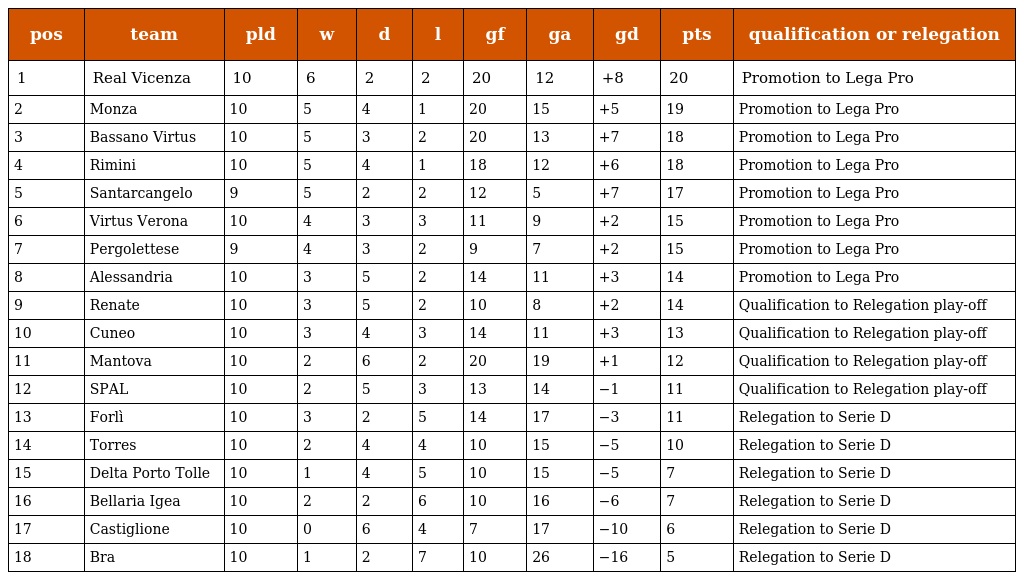
| pos | team | pld | w | d | l | gf | ga | gd | pts | qualification or relegation |
 | --- | --- | --- | --- | --- | --- | --- | --- | --- | --- | --- |
 | 1 | Real Vicenza | 10 | 6 | 2 | 2 | 20 | 12 | +8 | 20 | Promotion to Lega Pro |
 | 2 | Monza | 10 | 5 | 4 | 1 | 20 | 15 | +5 | 19 | Promotion to Lega Pro |
 | 3 | Bassano Virtus | 10 | 5 | 3 | 2 | 20 | 13 | +7 | 18 | Promotion to Lega Pro |
 | 4 | Rimini | 10 | 5 | 4 | 1 | 18 | 12 | +6 | 18 | Promotion to Lega Pro |
 | 5 | Santarcangelo | 9 | 5 | 2 | 2 | 12 | 5 | +7 | 17 | Promotion to Lega Pro |
 | 6 | Virtus Verona | 10 | 4 | 3 | 3 | 11 | 9 | +2 | 15 | Promotion to Lega Pro |
 | 7 | Pergolettese | 9 | 4 | 3 | 2 | 9 | 7 | +2 | 15 | Promotion to Lega Pro |
 | 8 | Alessandria | 10 | 3 | 5 | 2 | 14 | 11 | +3 | 14 | Promotion to Lega Pro |
 | 9 | Renate | 10 | 3 | 5 | 2 | 10 | 8 | +2 | 14 | Qualification to Relegation play-off |
 | 10 | Cuneo | 10 | 3 | 4 | 3 | 14 | 11 | +3 | 13 | Qualification to Relegation play-off |
 | 11 | Mantova | 10 | 2 | 6 | 2 | 20 | 19 | +1 | 12 | Qualification to Relegation play-off |
 | 12 | SPAL | 10 | 2 | 5 | 3 | 13 | 14 | −1 | 11 | Qualification to Relegation play-off |
 | 13 | Forlì | 10 | 3 | 2 | 5 | 14 | 17 | −3 | 11 | Relegation to Serie D |
 | 14 | Torres | 10 | 2 | 4 | 4 | 10 | 15 | −5 | 10 | Relegation to Serie D |
 | 15 | Delta Porto Tolle | 10 | 1 | 4 | 5 | 10 | 15 | −5 | 7 | Relegation to Serie D |
 | 16 | Bellaria Igea | 10 | 2 | 2 | 6 | 10 | 16 | −6 | 7 | Relegation to Serie D |
 | 17 | Castiglione | 10 | 0 | 6 | 4 | 7 | 17 | −10 | 6 | Relegation to Serie D |
 | 18 | Bra | 10 | 1 | 2 | 7 | 10 | 26 | −16 | 5 | Relegation to Serie D |